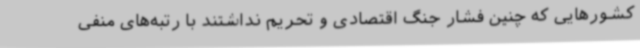
کشورهایی که چنین فشار جنگ اقتصادی و تحریم نداشتند با رتبه‌های منفی